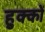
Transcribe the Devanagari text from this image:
हुक्‍कों